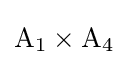
\mathrm {A_{1}} \times \mathrm {A_{4}}